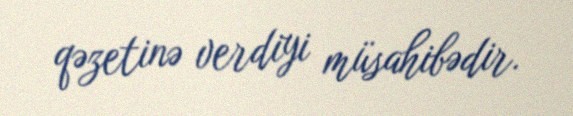
qəzetinə verdiyi müsahibədir.